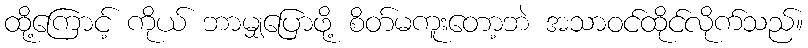
ထို့ကြောင့် ကိုယ် ဘာမျှပြောဖို့ စိတ်မကူးတော့ဘဲ အသာဝင်ထိုင်လိုက်သည်။